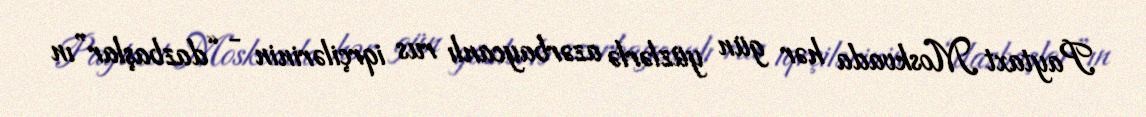
Paytaxt Moskvada hər gün yüzlərlə azərbaycanlı rus iqrçilərinin - “dazbaşlar”ın